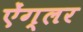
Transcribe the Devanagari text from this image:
ऐंग्लर